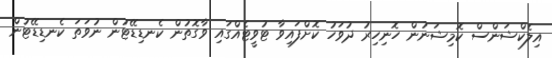
އިލެކްޝަންސް ކޮމިޝަނުން ހޮނިހިރު ދުވަހު ކޮށްފައިވާ ޓުވީޓެއްގައި ވާގޮތުން ކެނޑިޑޭޓުން ނުވަތަ ކެނޑިޑޭޓުން